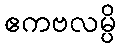
ဧကဗလမ္ပိ